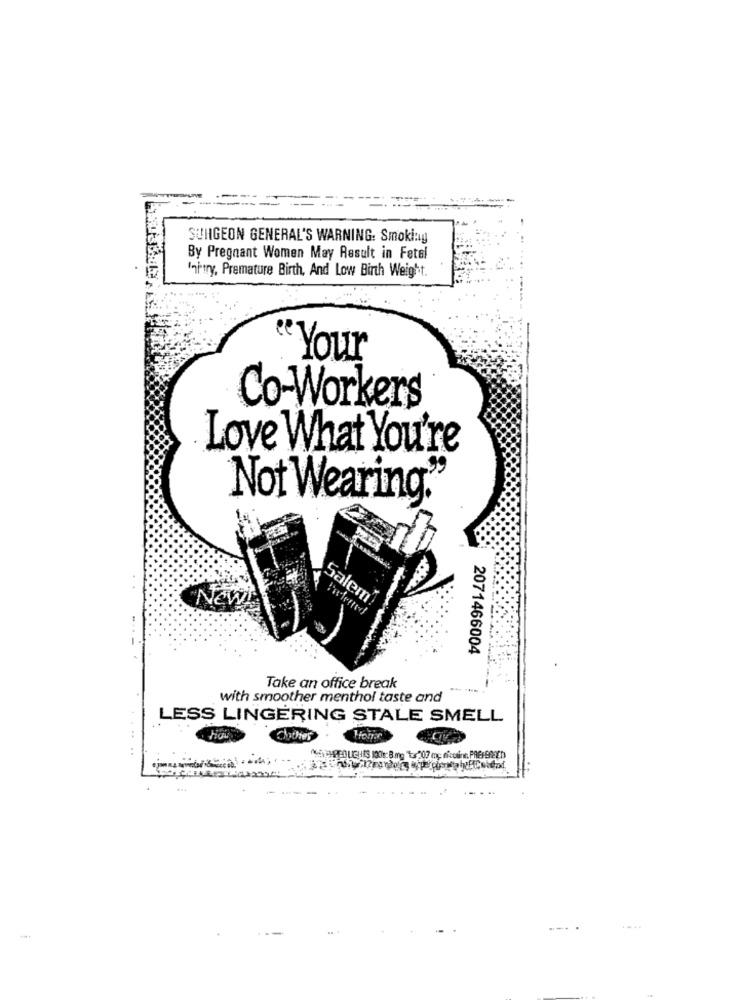
SURGEON GENERAL'S WARNING: Smoking
By Pregnant Women May Result in Fetal
Inhtry, Premature Birth, And Low Birth Weight.
"Your
Co-Workers
Love What You're
39
Not Wearing'
"New!
Salem
----
2071466004
Take an office break
with smoother menthol taste and
LESS LINGERING STALE SMELL
Foire